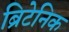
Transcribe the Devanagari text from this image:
ब्रिटेनिक